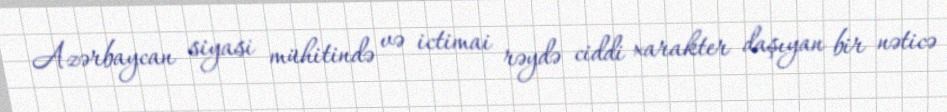
Azərbaycan siyasi mühitində və ictimai rəydə ciddi xarakter daşıyan bir nəticə